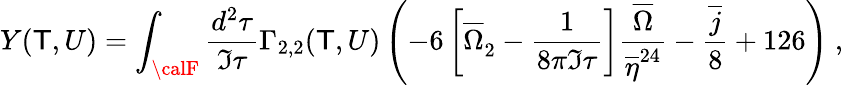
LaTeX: Y(\mathsf{T},U)=\int_{\calF}\frac{{d^{2}\tau}}{{\Im\tau}}\Gamma_{2,2}(\mathsf{T},U)\left(-6\left[{\overline{{{{\Omega}}}}}_{2}^{\phantom{2}}-\frac{{1}}{{8\pi\Im\tau}}\right]\frac{{\overline{{{{\Omega}}}}}}{{\overline{{{{\eta}}}}^{24}}}-\frac{{\overline{{{{j}}}}}}{{8}}+126\right)\ ,